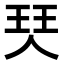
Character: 珡